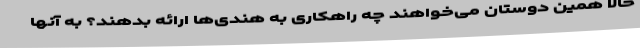
حالا همین دوستان می‌خواهند چه راهکاری به هندی‌ها ارائه بدهند؟ به آنها